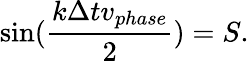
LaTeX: \sin(\frac{k\Delta tv_{phase}}{2})=S.